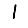
Digit: 1